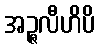
အဉ္ဇလီဟိပိ